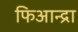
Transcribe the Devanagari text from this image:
फिआन्द्रा